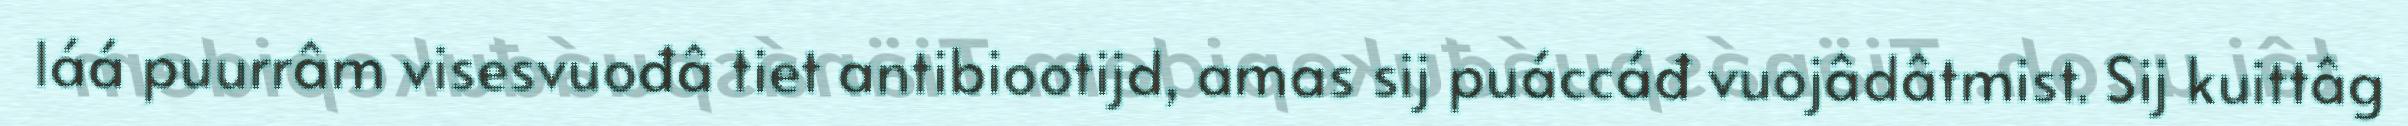
láá puurrâm visesvuođâ tiet antibiootijd, amas sij puáccáđ vuojâdâtmist. Sij kuittâg